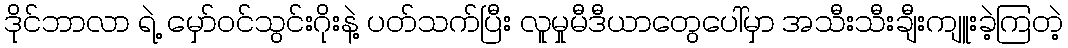
ဒိုင်ဘာလာ ရဲ့ မှော်ဝင်သွင်းဂိုးနဲ့ ပတ်သက်ပြီး လူမှုမီဒီယာတွေပေါ်မှာ အသီးသီးချီးကျူးခဲ့ကြတဲ့